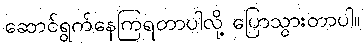
ဆောင်ရွက်နေကြရတာပါလို့ ပြောသွားတာပါ။